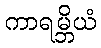
ကာရမ္ဘိယံ